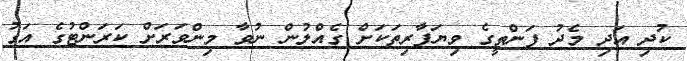
ކުދި އަދި މެދު ފަންތީގެ ވިޔަފާރިތަކަށް ގެއްލުން ނުވާ މިންވަރަށް ކަރަންޓުގެ އަގު